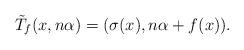
LaTeX: \begin{align*}\tilde{T}_f(x,n\alpha) = (\sigma(x), n\alpha + f(x)).\end{align*}